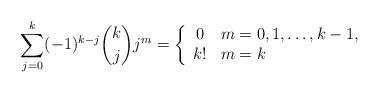
LaTeX: \begin{align*}\sum_{j=0}^{k} (-1)^{k-j} \binom{k}{j} j^m = \left\{\begin{array}{cl} 0 & m=0,1,\ldots,k-1, \\ k! & m=k \end{array}\right.\end{align*}